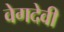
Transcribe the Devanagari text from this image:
वेगदेवी